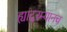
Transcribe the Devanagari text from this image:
ह्यादरम्यानच